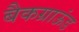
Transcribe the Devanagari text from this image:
बैकग्राऊंड